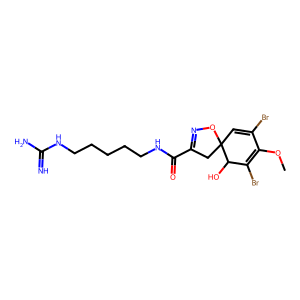
SMILES: COC1=C(Br)C(O)C2(C=C1Br)CC(C(=O)NCCCCCNC(=N)N)=NO2
Inhibits HIV replication: No